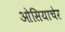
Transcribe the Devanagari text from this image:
ओसियाचेर